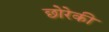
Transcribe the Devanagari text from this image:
छोरेकी